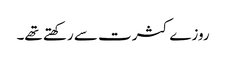
روزے کثرت سے رکھتے تھے۔